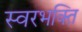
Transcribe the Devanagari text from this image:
स्वरभक्ति